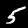
Digit: 5